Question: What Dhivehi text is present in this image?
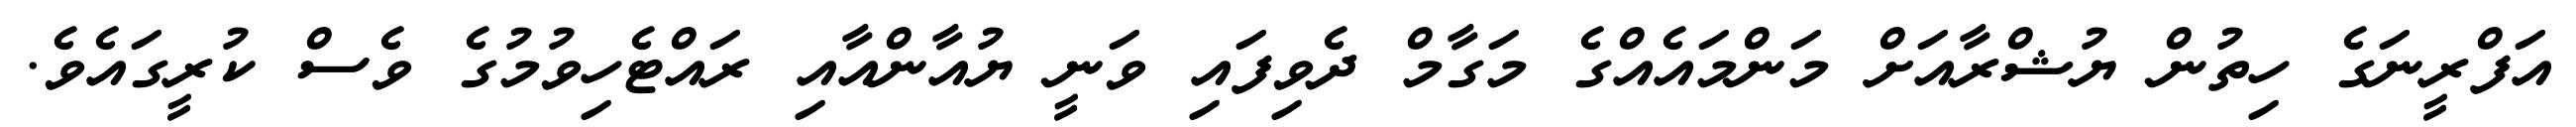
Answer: އަފްރީނަގެ ހިތުން ޔުޝްރާއަށް މަންމައެއްގެ މަގާމް ދެވިފައި ވަނީ ޔުއާންއާއި ރައްޓެހިވުމުގެ ވެސް ކުރީގައެވެ.